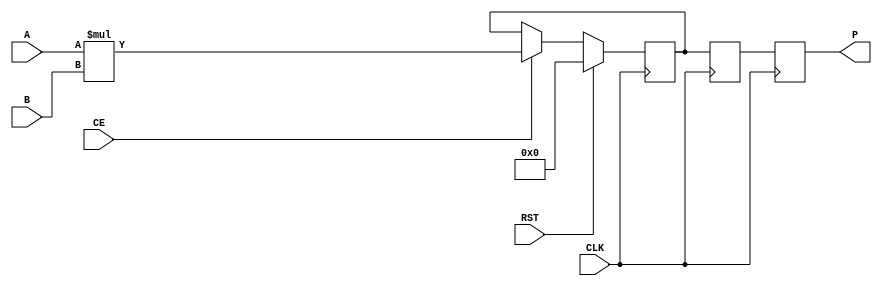

/*
by liwei , mcupro@gmail.com
*/

module MULT_MACRO #(
parameter LATENCY  = 3,
parameter WIDTH_A =16,
parameter WIDTH_B =16
)  (
    input CE  ,  RST ,  CLK ,
    input [(WIDTH_A-1):0]A  ,
    input [(WIDTH_B-1):0]B  ,
    output reg  [(WIDTH_A+WIDTH_B-1):0] P  );
	 
	reg [(WIDTH_A+WIDTH_B-1):0] P0,P1  ;
	
	always @(posedge CLK ) if ( RST ) P0 <= 0 ; else if ( CE ) P0 <= A * B ; else P0 <= P0 ; 
	always @(posedge CLK ) P1<=P0;
	always @(posedge CLK ) P<=P1;

endmodule